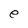
Character: e